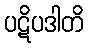
ပဋိပဒါတိ